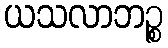
ယသလာဘဉ္စ